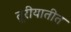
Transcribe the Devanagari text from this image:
तुरीयातीत